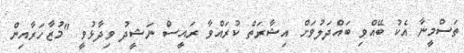
ތަސްމީނާ އެކު ބޭއްވި ބައްދަލުވަށް އިޝާރަތް ކުރައްވާ ރައީސް ނަޝީދު ވިދާޅުވީ "މުޒާހަރާއިން